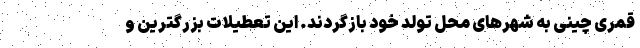
قمری چینی به شهرهای محل تولد خود بازگردند. این تعطیلات بزرگترین و